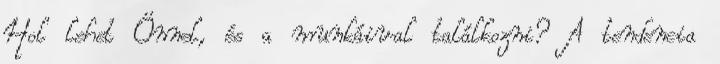
Hol lehet Önnel, és a munkáival találkozni? A tendencia